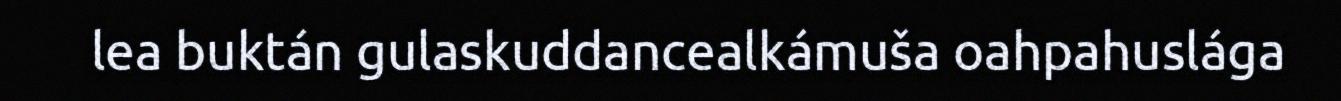
lea buktán gulaskuddancealkámuša oahpahuslága